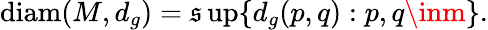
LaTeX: \operatorname{diam}(M,d_{g})=\operatorname*{\mathfrak{s}up}\{ d_{g}(p,q):p,q\inm\} .